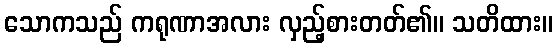
သောကသည် ကရုဏာအလား လှည့်စားတတ်၏။ သတိထား။